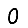
Digit: 0